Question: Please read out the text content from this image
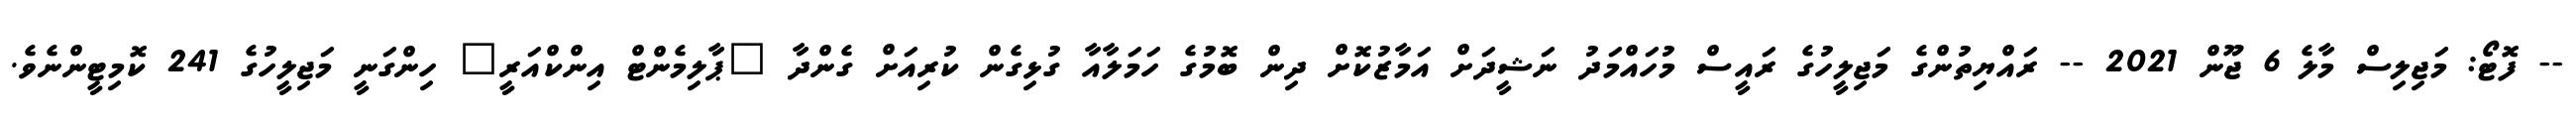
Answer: -- ފޮޓޯ: މަޖިލިސް މާލެ 6 ޖޫން 2021 -- ރައްޔިތުންގެ މަޖިލީހުގެ ރައީސް މުހައްމަދު ނަޝީދަށް އަމާޒުކޮށް ދިން ބޮމުގެ ހަމަލާއާ ގުޅިގެން ކުރިއަށް ގެންދާ "ޕާލިމެންޓް އިންކްއަރީ" ހިންގަނީ މަޖިލީހުގެ 241 ކޮމިޓީންނެވެ.